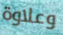
وعلاوة